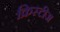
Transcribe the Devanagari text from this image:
क्रिस्टीज